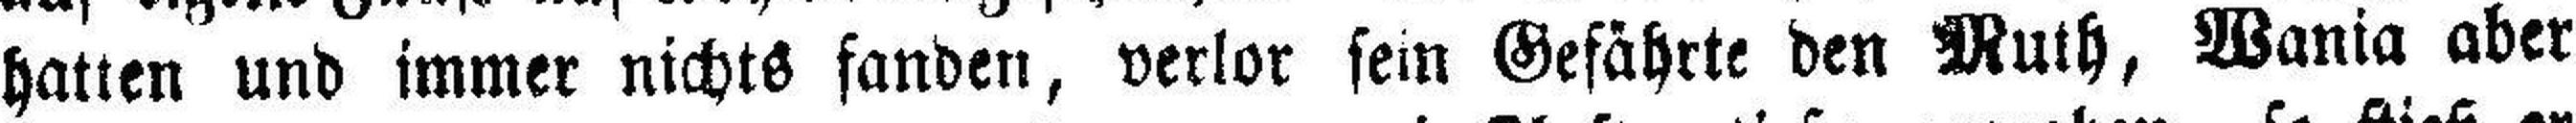
hatten und immer nichts fanden, verlor sein Gefährte den Muth, Wania aber